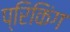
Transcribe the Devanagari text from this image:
प्रिकिंग